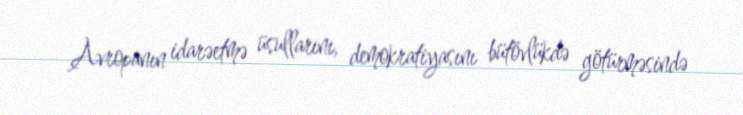
Avropanın idarəetmə üsullarını, demokratiyasını bütövlükdə götürməsində